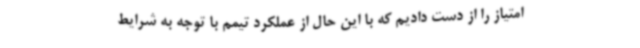
امتیاز را از دست دادیم که با این حال از عملکرد تیمم با توجه به شرایط